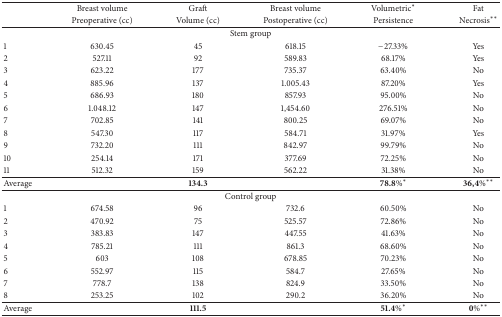
<table><thead><tr><td><b> </b></td><td><b>Breast volume</b></td><td><b>Graft </b></td><td><b>Breast volume</b></td><td><b>Volumetric<sup><i>∗</i></sup></b></td><td><b>Fat</b></td></tr><tr><td><b> </b></td><td><b>Preoperative (cc)</b></td><td><b>Volume (cc)</b></td><td><b>Postoperative (cc)</b></td><td><b>Persistence</b></td><td><b>Necrosis<sup><i>∗∗</i></sup></b></td></tr></thead><tbody><tr><td colspan="6">Stem group</td></tr><tr><td>1</td><td>630.45</td><td>45</td><td>618.15</td><td>−27.33%</td><td>Yes</td></tr><tr><td>2</td><td>527.11</td><td>92</td><td>589.83</td><td>68.17%</td><td>Yes</td></tr><tr><td>3</td><td>623.22</td><td>177</td><td>735.37</td><td>63.40%</td><td>No</td></tr><tr><td>4</td><td>885.96</td><td>137</td><td>1.005.43</td><td>87.20%</td><td>Yes</td></tr><tr><td>5</td><td>686.93</td><td>180</td><td>857.93</td><td>95.00%</td><td>No</td></tr><tr><td>6</td><td>1.048.12</td><td>147</td><td>1,454.60</td><td>276.51%</td><td>No</td></tr><tr><td>7</td><td>702.85</td><td>141</td><td>800.25</td><td>69.07%</td><td>No</td></tr><tr><td>8</td><td>547.30</td><td>117</td><td>584.71</td><td>31.97%</td><td>Yes</td></tr><tr><td>9</td><td>732.20</td><td>111</td><td>842.97</td><td>99.79%</td><td>No</td></tr><tr><td>10</td><td>254.14</td><td>171</td><td>377.69</td><td>72.25%</td><td>No</td></tr><tr><td>11</td><td>512.32</td><td>159</td><td>562.22</td><td>31.38%</td><td>No</td></tr><tr><td>Average</td><td> </td><td><b>134.3</b></td><td> </td><td>78.8%<sup><i>∗</i></sup></td><td>36,4%<sup><i>∗∗</i></sup></td></tr><tr><td colspan="6">Control group</td></tr><tr><td>1</td><td>674.58</td><td>96</td><td>732.6</td><td>60.50%</td><td>No</td></tr><tr><td>2</td><td>470.92</td><td>75</td><td>525.57</td><td>72.86%</td><td>No</td></tr><tr><td>3</td><td>383.83</td><td>147</td><td>447.55</td><td>41.63%</td><td>No</td></tr><tr><td>4</td><td>785.21</td><td>111</td><td>861.3</td><td>68.60%</td><td>No</td></tr><tr><td>5</td><td>603</td><td>108</td><td>678.85</td><td>70.23%</td><td>No</td></tr><tr><td>6</td><td>552.97</td><td>115</td><td>584.7</td><td>27.65%</td><td>No</td></tr><tr><td>7</td><td>778.7</td><td>138</td><td>824.9</td><td>33.50%</td><td>No</td></tr><tr><td>8</td><td>253.25</td><td>102</td><td>290.2</td><td>36.20%</td><td>No</td></tr><tr><td>Average</td><td> </td><td><b>111.5</b></td><td> </td><td>51.4%<sup><i>∗</i></sup></td><td>0%<sup><i>∗∗</i></sup></td></tr></tbody></table>